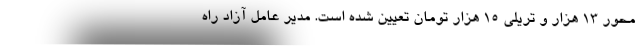
محور ۱۳ هزار و تریلی ۱۵ هزار تومان تعیین شده است. مدیر عامل آزاد راه